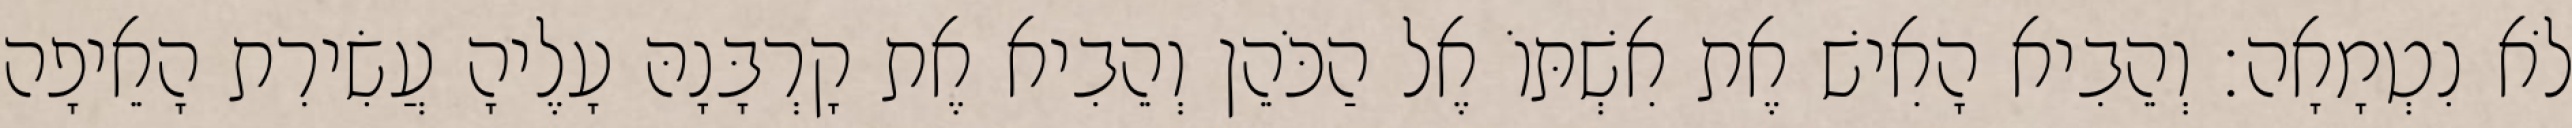
לֹא נִטְמָאָה׃ וְהֵבִיא הָאִישׁ אֶת אִשְׁתּוֹ אֶל הַכֹּהֵן וְהֵבִיא אֶת קָרְבָּנָהּ עָלֶיהָ עֲשִׂירִת הָאֵיפָה